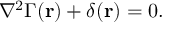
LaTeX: \nabla ^ { 2 } \Gamma ( \mathbf { r } ) + \delta ( \mathbf { r } ) = 0 .